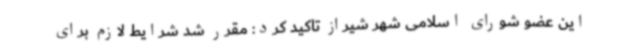
این عضو شورای اسلامی شهر شیراز تاکید کرد: مقرر شد شرایط لازم برای